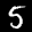
Label: 5